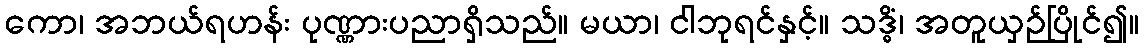
ကော၊ အဘယ်ရဟန်း ပုဏ္ဏားပညာရှိသည်။ မယာ၊ ငါဘုရင်နှင့်။ သဒ္ဓိံ၊ အတူယှဉ်ပြိုင်၍။